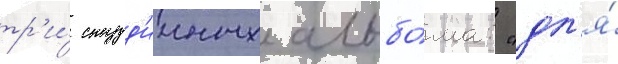
тр'и́ студ'ииных альбо́ма: "дл'я́